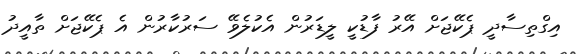
އިގްތިސާދީ ޕެކޭޖަށް އޭރު ފާޑުކީ ލީޑަރުން އެކުލެވޭ ސަރުކާރުން އެ ޕެކޭޖަށް ތާއީދު